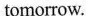
tomorrow.